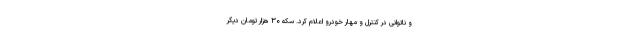
و ناتوانی در کنترل و مهار خودرو اعلام کرد. سکه ۳۰ هزار تومان دیگر